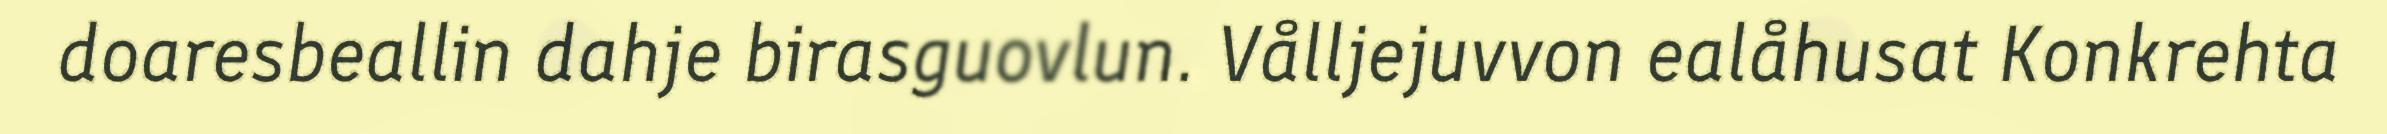
doaresbeallin dahje birasguovlun. Vålljejuvvon ealåhusat Konkrehta